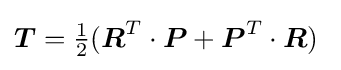
{\boldsymbol {T}}={\tfrac {1}{2}}({\boldsymbol {R}}^{T}\cdot {\boldsymbol {P}}+{\boldsymbol {P}}^{T}\cdot {\boldsymbol {R}})~